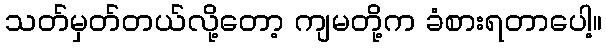
သတ်မှတ်တယ်လို့တော့ ကျမတို့က ခံစားရတာပေါ့။